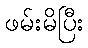
ဖမ်းမိပြီး